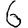
Digit: 6